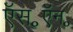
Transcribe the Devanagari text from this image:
ऍस॰ऍन॰